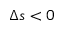
\Delta s < 0